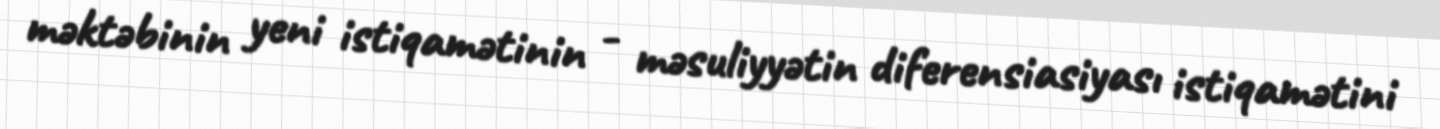
məktəbinin yeni istiqamətinin - məsuliyyətin diferensiasiyası istiqamətini